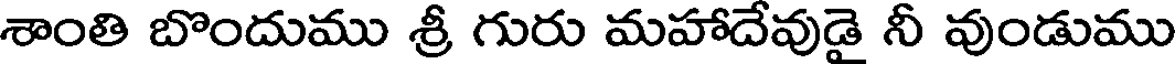
శాంతి బొందుము శ్రీ గురు మహాదేవుడై నీ వుండుము